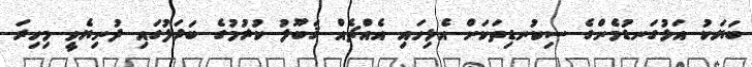
ބަޔަކު އަޅުގަނޑުމެންގެ ސިކުނޑިތަކަށް އެޅިހައި އެއްޗެއް ޤަބޫލު ކުރުމުގެ ބަދަލުގައި ދުނިޔެވީ މިހިރަ